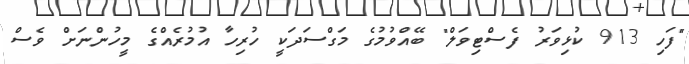
"ފަހި 913 ކުޅިވަރު ފެސްޓިވަލް" ބޭއްވުމުގެ މަގްސަދަކީ ހުރިހާ އުމުރެއްގެ މީހުންނަށް ވެސް